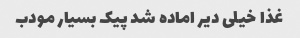
غذا خیلی دیر اماده شد پیک بسیار مودب